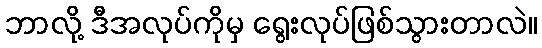
ဘာလို့ ဒီအလုပ်ကိုမှ ရွေးလုပ်ဖြစ်သွားတာလဲ။